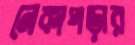
নেকাপড়ার